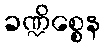
ခဏ္ဍိစ္စေန